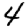
Digit: 4